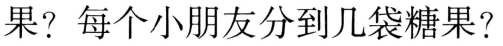
果?每个小朋友分到几袋糖果?